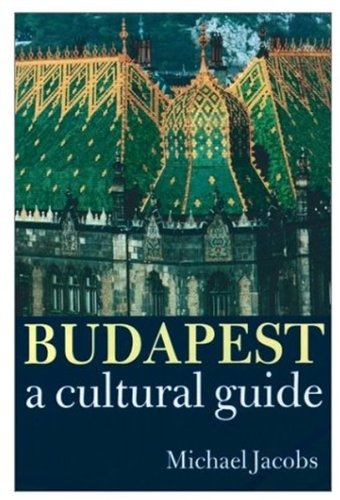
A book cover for Budapest: A Cultural Guide; Michael Jacobs; Travel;